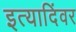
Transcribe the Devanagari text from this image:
इत्यादिंवर